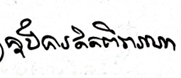
ក្នុងការគិតពិចារណា